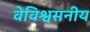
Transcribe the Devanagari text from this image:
वेविश्वसनीय